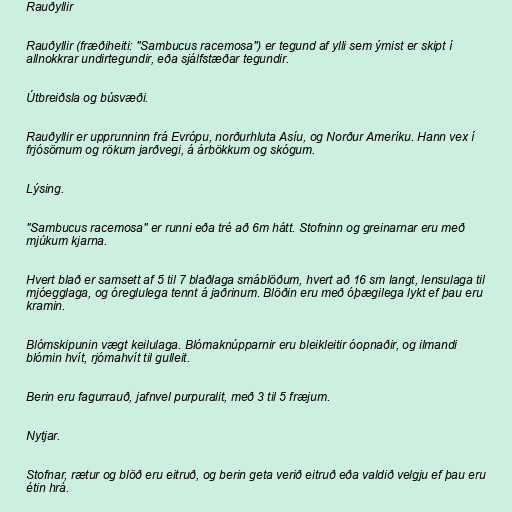
Rauðyllir

Rauðyllir (fræðiheiti: "Sambucus racemosa") er tegund af ylli sem ýmist er skipt í
allnokkrar undirtegundir, eða sjálfstæðar tegundir.

Útbreiðsla og búsvæði.

Rauðyllir er upprunninn frá Evrópu, norðurhluta Asíu, og Norður Ameríku. Hann vex í
frjósömum og rökum jarðvegi, á árbökkum og skógum.

Lýsing.

"Sambucus racemosa" er runni eða tré að 6m hátt. Stofninn og greinarnar eru með
mjúkum kjarna.

Hvert blað er samsett af 5 til 7 blaðlaga smáblöðum, hvert að 16 sm langt, lensulaga til
mjóegglaga, og óreglulega tennt á jaðrinum. Blöðin eru með óþægilega lykt ef þau eru
kramin.

Blómskipunin vægt keilulaga. Blómaknúpparnir eru bleikleitir óopnaðir, og ilmandi
blómin hvít, rjómahvít til gulleit.

Berin eru fagurrauð, jafnvel purpuralit, með 3 til 5 fræjum.

Nytjar.

Stofnar, rætur og blöð eru eitruð, og berin geta verið eitruð eða valdið velgju ef þau eru
étin hrá.